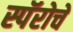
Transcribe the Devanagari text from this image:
स्पॅरोचे